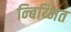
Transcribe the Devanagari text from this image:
न्बिय्मित